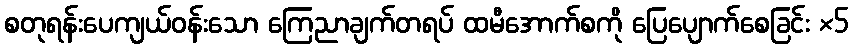
စတုရန်းပေကျယ်ဝန်းသော ကြေညာချက်တရပ် ထမီအောက်စကို ပြေပျောက်စေခြင်း ×5